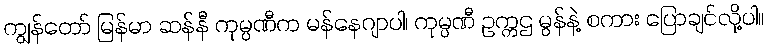
ကျွန်တော် မြန်မာ ဆန်နီ ကုမ္ပဏီက မန်နေဂျာပါ၊ ကုမ္ပဏီ ဥက္ကဌ မွန်နဲ့ စကား ပြောချင်လို့ပါ။